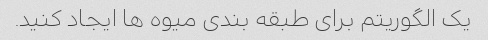
یک الگوریتم برای طبقه بندی میوه ها ایجاد کنید.